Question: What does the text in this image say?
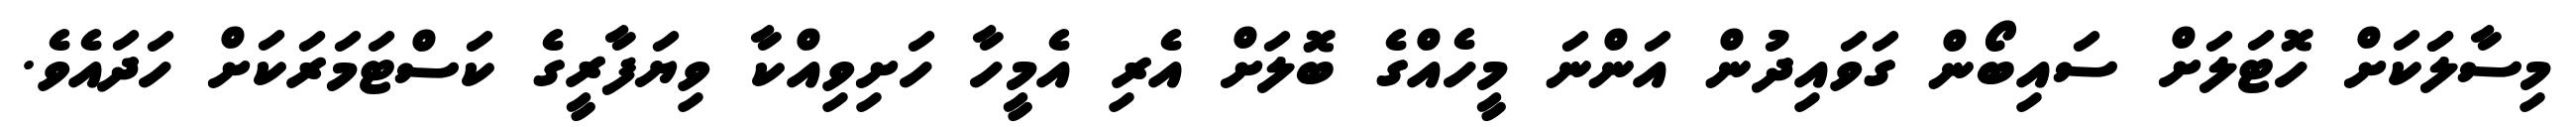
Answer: މިސާލަަކަށް ހޮޓަލަށް ސައިބޯން ގަވައިދުން އަންނަ މީހެއްގެ ބޮލަށް އެރި އެމީހާ ހަށިވިއްކާ ވިޔަފާރީގެ ކަސްޓަމަރަކަށް ހަދައެވެ.